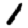
Digit: 1